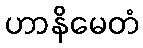
ဟာနိမေတံ